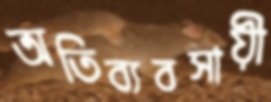
অতিব্যবসায়ী